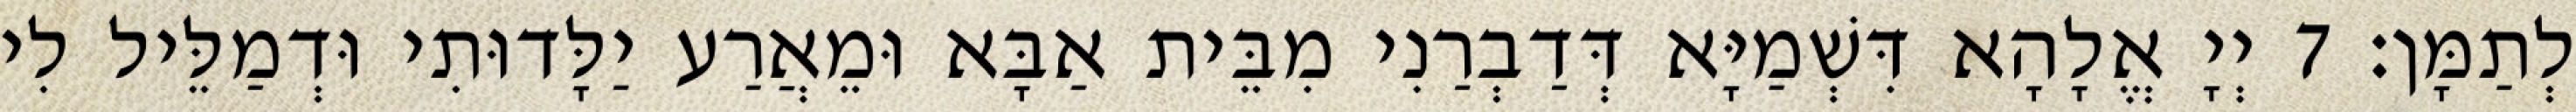
לְתַמָּן׃ 7 יְיָ אֱלָהָא דִּשְׁמַיָּא דְּדַבְרַנִי מִבֵּית אַבָּא וּמֵאֲרַע יַלָּדוּתִי וּדְמַלֵּיל לִי